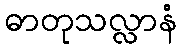
ဓာတုသလ္လာနံ